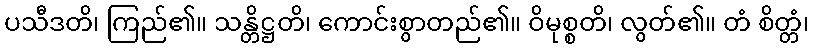
ပသီဒတိ၊ ကြည်၏။ သန္တိဋ္ဌတိ၊ ကောင်းစွာတည်၏။ ဝိမုစ္စတိ၊ လွတ်၏။ တံ စိတ္တံ၊